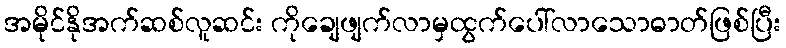
အမိုင်နိုအက်ဆစ်လူဆင်း ကိုချေဖျက်လာမှထွက်ပေါ်လာသောဓာတ်ဖြစ်ပြီး